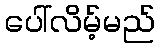
ပေါ်လိမ့်မည်